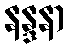
နန္ဒနာ